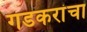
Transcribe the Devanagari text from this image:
गडकरांचा